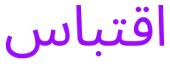
اقتباس